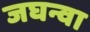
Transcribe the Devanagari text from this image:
जघन्वा